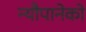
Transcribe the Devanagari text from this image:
न्यौपानेको